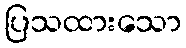
ပြသထားသော